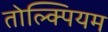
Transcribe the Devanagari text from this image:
तोल्क्पियम